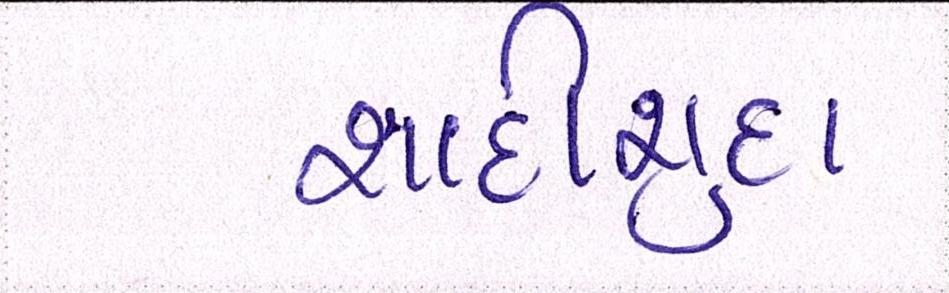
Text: શાદીશુદા